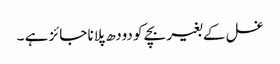
غسل کے بغیر بچے کو دودھ پلانا جائز ہے ۔